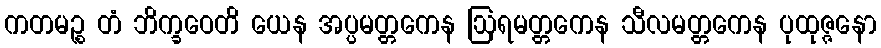
ကတမဉ္စ တံ ဘိက္ခဝေတိ ယေန အပ္ပမတ္တကေန ဩရမတ္တကေန သီလမတ္တကေန ပုထုဇ္ဇနော